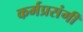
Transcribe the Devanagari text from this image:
कर्मप्रसंगीं